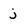
Character: j